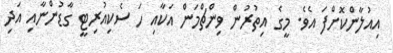
އިއުލާންކޮށްފަ އެވެ. މީގެ އިތުރުން ވިންޗްމަން އަކާއި ހަ ސެކިއުރިޓީ ގާޑުންނާއި އަދި